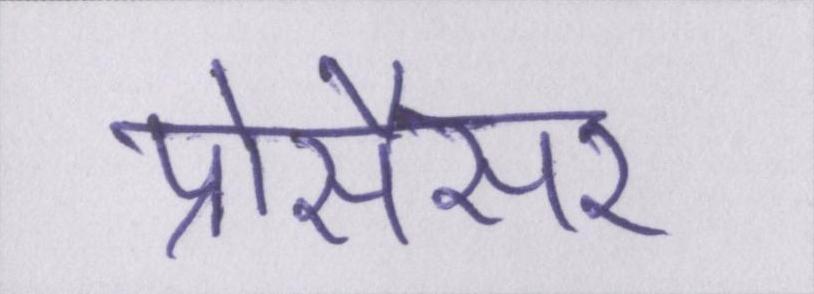
प्रोसैसर